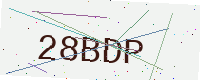
Text: 28BDP